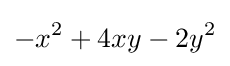
-x^{2}+4xy-2y^{2}